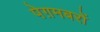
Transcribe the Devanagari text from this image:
पेग़मबरों